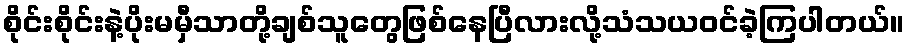
စိုင်းစိုင်းနဲ့ပိုးမမှီသာတို့ချစ်သူတွေဖြစ်နေပြီလားလို့သံသယဝင်ခဲ့ကြပါတယ်။